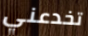
تخدعني